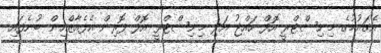
އެގައުމުގެ މިނިސްޓްރީ އޮފް ހައްޖު އަދި މިނިސްޓްރީ އޮފް ފޮރިން އެފެއާޒްއިން ބުނެފައި